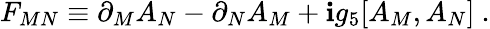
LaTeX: F_{MN}\equiv\partial_{M}A_{N}-\partial_{N}A_{M}+\mathbf{i}g_{5}[A_{M},A_{N}]~.